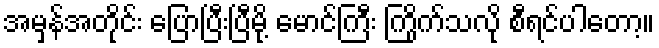
အမှန်အတိုင်း ပြောပြီးပြီမို့ မောင်ကြီး ကြိုက်သလို စီရင်ပါတော့။